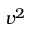
v ^ { 2 }